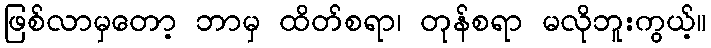
ဖြစ်လာမှတော့ ဘာမှ ထိတ်စရာ၊ တုန်စရာ မလိုဘူးကွယ့်။